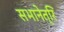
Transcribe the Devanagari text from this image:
सभानेत्रि